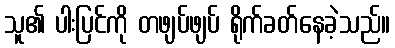
သူ၏ ပါးပြင်ကို တဖျပ်ဖျပ် ရိုက်ခတ်နေခဲ့သည်။